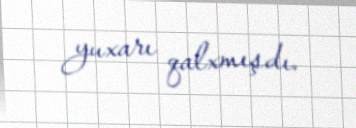
yuxarı qalxmışdı.